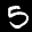
Digit: 5